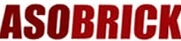
ASOBRICK